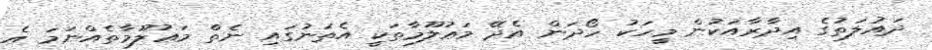
ދައުލަތުގެ އިދާރާއަކުން މީހަކު ހޯދަން އެދޭ މަޢުލޫމާތަކީ އެތަނުގައި ނެތް މަޢުލޫމާތެއްނަމަ އެ